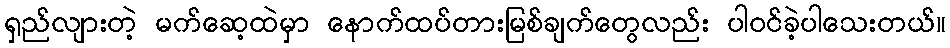
ရှည်လျားတဲ့ မက်ဆေ့ထဲမှာ နောက်ထပ်တားမြစ်ချက်တွေလည်း ပါဝင်ခဲ့ပါသေးတယ်။